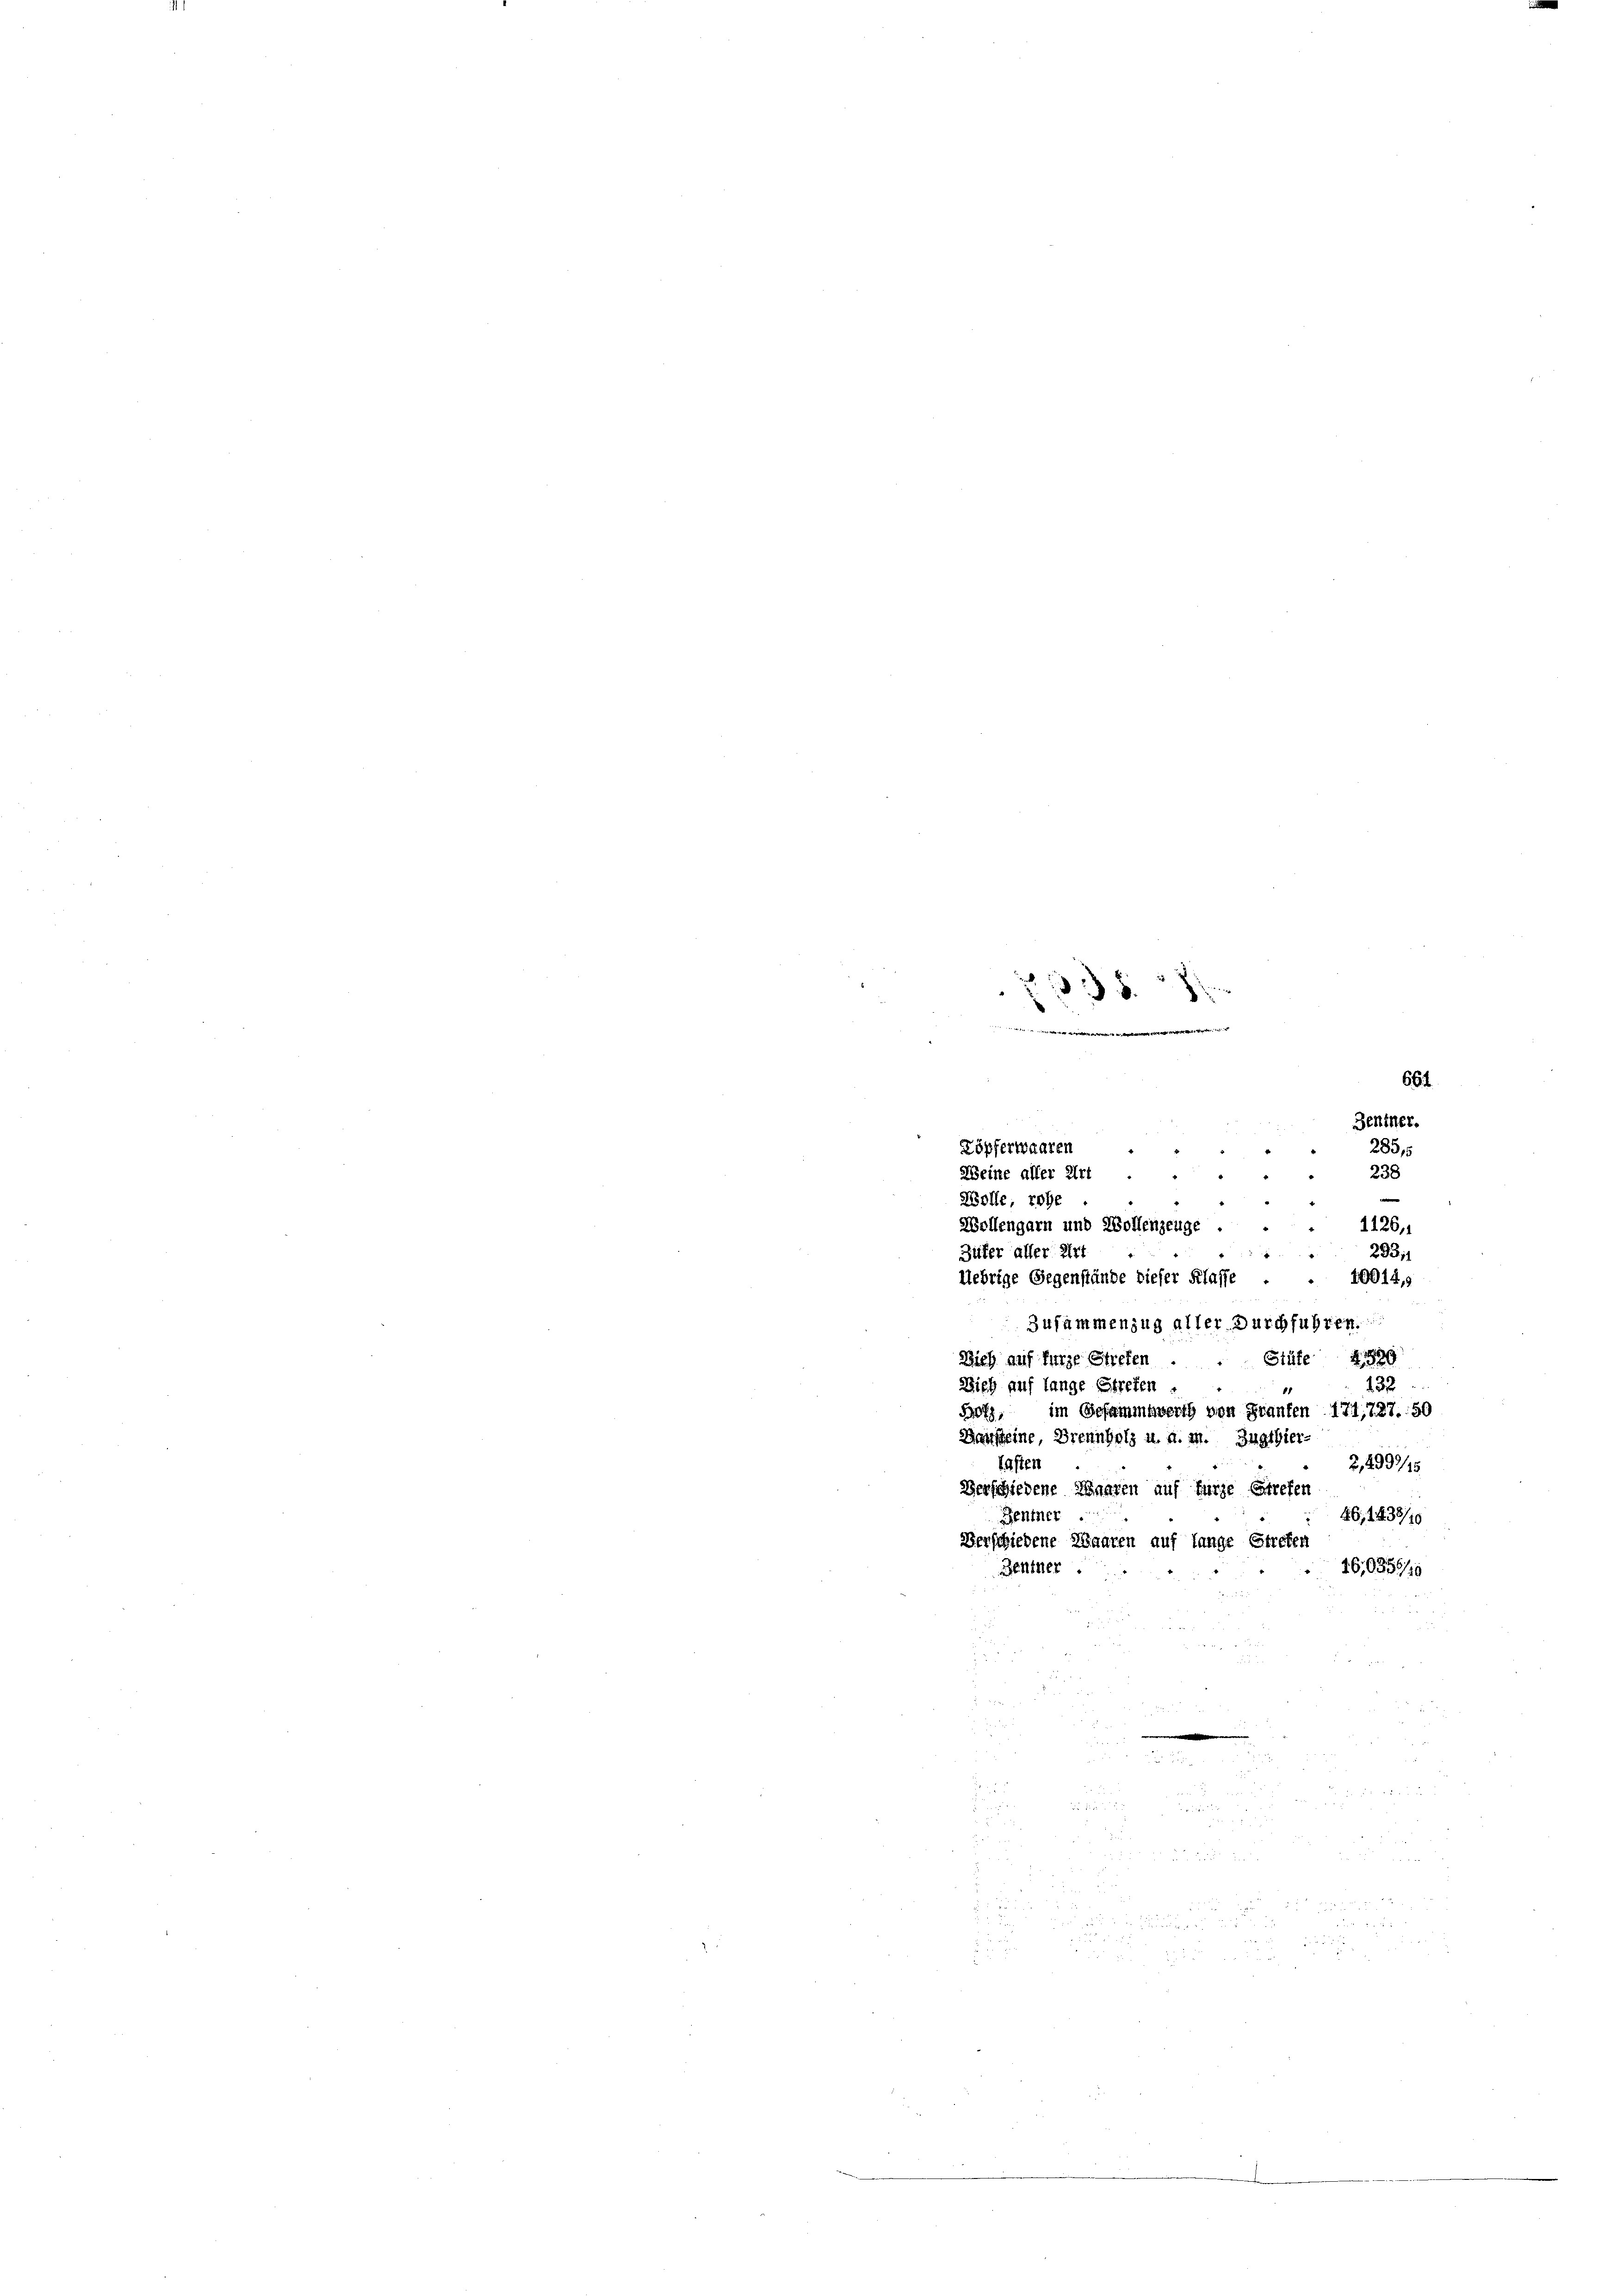
335
d

661
Behiner.
2855
238
.
¬
Wolle, rohe
1126,
Wollengarn und Wollenzeuge . .
Güter aller Art
293 f
Uebrige Gegenstände dieser Klasse
40014,9
Zusammenzug aller Durchführen.
Sieh auf kurze Streten .
Stüte §. 1889
132.
Dieh auf lange Strefen
1
Boff, im Gesammtwerth von Franken 171, 727. 50
Bausteine Brennholz u. a. m. Zugthier-
fasten
2,2997/15
Verschiedene Waaren auf fürze Strefen
46, 1433/10
Zentner
Verschiedene Waaren auf lange streten
16,0355/19
Zentner.

Zöpferwaaren ..
2
Zeine aller Art.

.